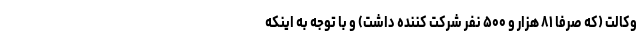
وکالت (که صرفاً ۸۱ هزار و ۵۰۰ نفر شرکت کننده داشت) و با توجه به اینکه